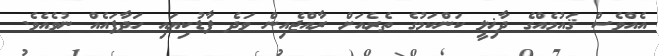
އެއްވެސް ޤައުމެއްގެ ދާޚިލީ ކަންކަމުގެ ތެރެއަށް ރާއްޖެއިން ވަދެ ފާޑުކިޔައި ހަދާފައެއް ނުވެއެވެ.